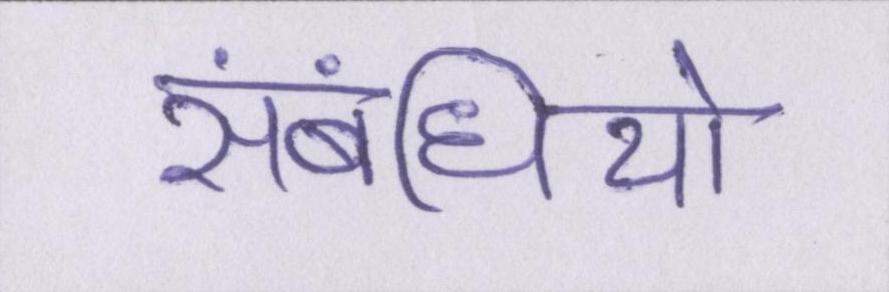
संबंधियो